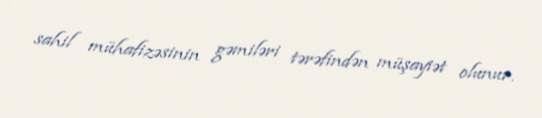
sahil mühafizəsinin gəmiləri tərəfindən müşayiət olunur.